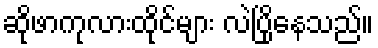
ဆိုဖာကုလားထိုင်များ လဲပြိုနေသည်။